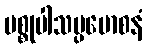
မစ္စုပါသပ္ပမောစနံ